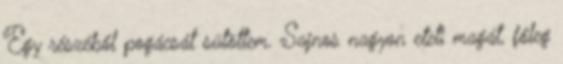
Egy részéből pogácsát sütöttem. Sajnos nagyon eteti magát, főleg